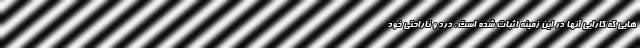
هایی که کارایی آنها در این زمینه اثبات شده است، درد و ناراحتی خود